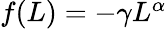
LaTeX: \begin{array}{r}{f(L)=-\gamma L^{\alpha}}\end{array}